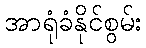
အာရုံခံနိုင်စွမ်း